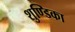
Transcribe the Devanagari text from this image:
शुण्डिका